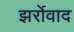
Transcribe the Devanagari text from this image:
झर्रोवाद